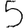
Digit: 5